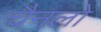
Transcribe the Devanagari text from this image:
चैनलो